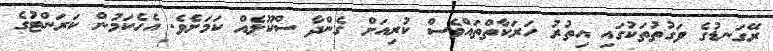
ރޭގަނޑުގެ ވަގުތުތަކުގައި އިތުރު ހަރަކާތްތައްވެސް ކުރިއަށް ގެންދާ ސްކޫލެއް ކަމަށެވެ. އެހެކަމުން ކަރަންޓުގެ